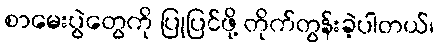
စာမေးပွဲတွေကို ပြုပြင်ဖို့ တိုက်တွန်းခဲ့ပါတယ်၊